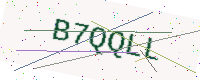
Text: B7QQLL